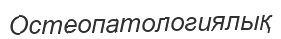
Остеопатологиялық